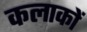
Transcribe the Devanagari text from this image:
कलाकों